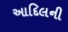
આદિલની